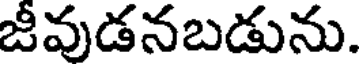
జీవుడనబడును.